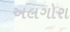
અલગોરા